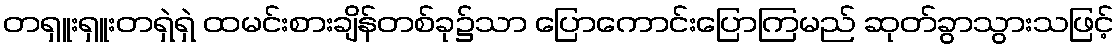
တရှူးရှူးတရှဲရှဲ ထမင်းစားချိန်တစ်ခု၌သာ ပြောကောင်းပြောကြမည် ဆုတ်ခွာသွားသဖြင့်